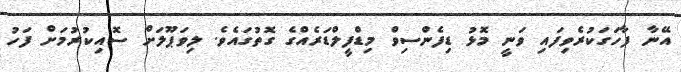
އޭނާ ފާހަގަކުރެވިފައި ވަނީ މޮޅު ޑިފެންސިވް މިޑްފީލްޑަރެއްގެ ގޮތުގައެވެ. ލިވަޕޫލަށް ސޮއިކުރުމަށް ފަހު